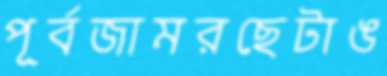
পূর্বজামরছেটাঙ